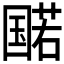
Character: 𫭔